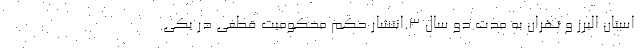
استان البرز و تهران به مدت دو سال 3.انتشار حکم محکومیت قطعی در یکی